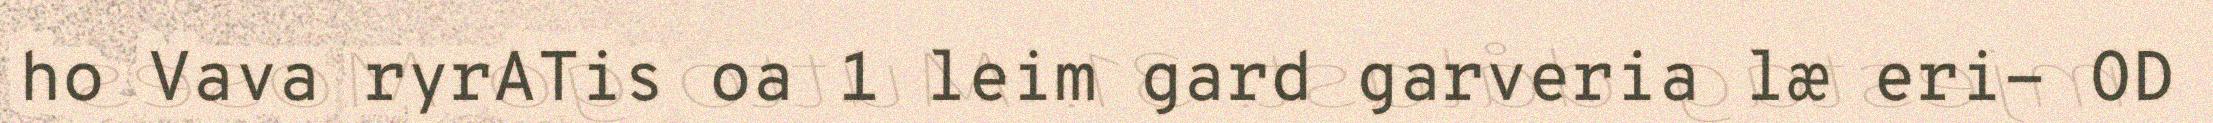
ho Vava ryrATis oa 1 leim gard garveria læ eri- OD